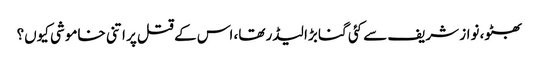
بھٹو، نواز شریف سے کئی گنا بڑا لیڈر تھا، اس کے قتل پر اتنی خاموشی کیوں؟